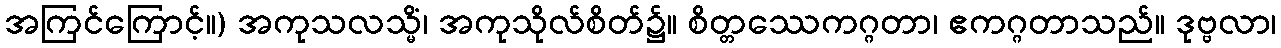
အကြင်ကြောင့်။) အကုသလသ္မိံ၊ အကုသိုလ်စိတ်၌။ စိတ္တဿေကဂ္ဂတာ၊ ဧကဂ္ဂတာသည်။ ဒုဗ္ဗလာ၊